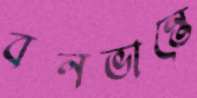
বনভান্তে